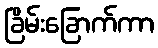
ခြိမ်းခြောက်ကာ